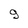
Character: 9